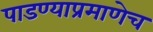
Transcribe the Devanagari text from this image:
पाडण्याप्रमाणेच